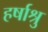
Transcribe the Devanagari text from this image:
हर्षाश्रु